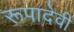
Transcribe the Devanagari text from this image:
रूपादेवी